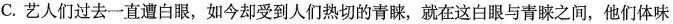
C.艺人们过去一直遭白眼，如今却受到人们热切的青睐，就在这白眼与青睐之间，他们体味